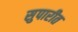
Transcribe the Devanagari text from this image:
सुपारीत